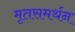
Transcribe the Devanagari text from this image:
मृतसमर्थन